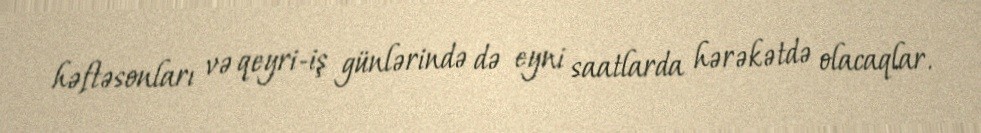
həftəsonları və qeyri-iş günlərində də eyni saatlarda hərəkətdə olacaqlar.